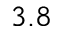
3 . 8